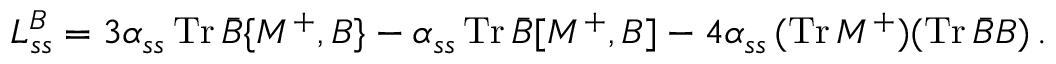
{ \cal L } _ { s s } ^ { B } = 3 \alpha _ { s s } \, \mathrm { T r } \, \bar { B } \{ { \cal M } ^ { + } , B \} - \alpha _ { s s } \, \mathrm { T r } \, \bar { B } [ { \cal M } ^ { + } , B ] - 4 \alpha _ { s s } \, ( \mathrm { T r } \, { \cal M } ^ { + } ) ( \mathrm { T r } \, \bar { B } B ) \, .